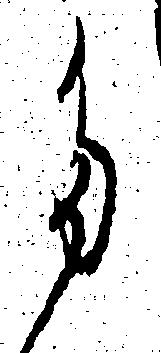
た